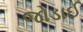
જોડાઈ